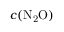
c ( \mathrm { N _ { 2 } O } )